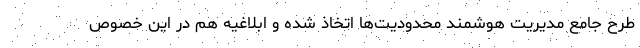
طرح جامع مدیریت هوشمند محدودیت‌ها اتخاذ شده و ابلاغیه هم در این خصوص